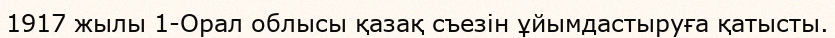
1917 жылы 1-Орал облысы қазақ съезін ұйымдастыруға қатысты.